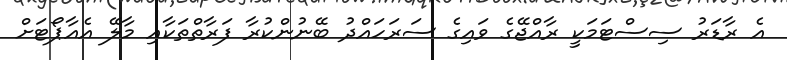
އެ ރާޑަރު ސިސްޓަމަކީ ރާއްޖޭގެ ވައިގެ ސަރަހައްދު ބޭނުންކުރާ ފަރާތްތަކާއި މާލޭ އެއާޕޯޓަށް